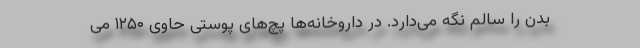
بدن را سالم نگه می‌دارد. در داروخانه‌ها پچ‌های پوستی حاوی ۱۲۵۰ می